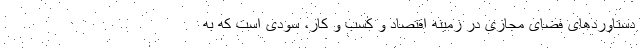
دستاوردهای فضای مجازی در زمینه اقتصاد و کسب و کار، سودی است که به